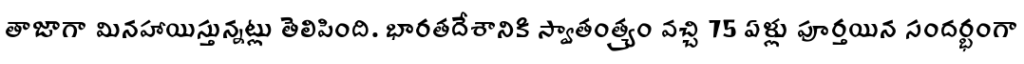
తాజాగా మినహాయిస్తున్నట్లు తెలిపింది. భారతదేశానికి స్వాతంత్య్రం వచ్చి 75 ఏళ్లు పూర్తయిన సందర్భంగా